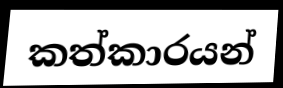
කත්කාරයන්